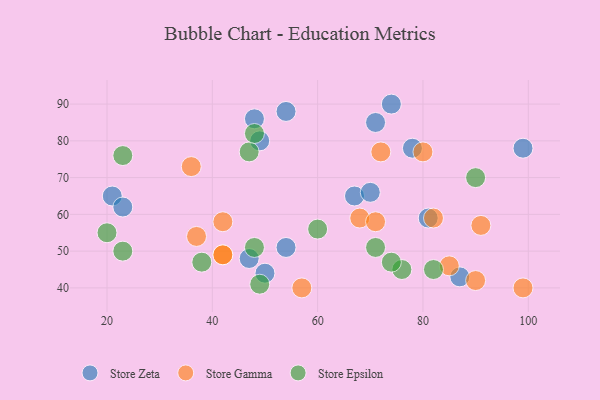
{"axis": {"x": "GDP", "y": "Life Expectancy"}, "legend": ["Store Epsilon", "Store Gamma", "Store Zeta"], "data": [{"x": "47", "y": 48, "type": "Store Zeta"}, {"x": "71", "y": 85, "type": "Store Zeta"}, {"x": "21", "y": 65, "type": "Store Zeta"}, {"x": "23", "y": 62, "type": "Store Zeta"}, {"x": "81", "y": 59, "type": "Store Zeta"}, {"x": "99", "y": 78, "type": "Store Zeta"}, {"x": "54", "y": 51, "type": "Store Zeta"}, {"x": "50", "y": 44, "type": "Store Zeta"}, {"x": "74", "y": 90, "type": "Store Zeta"}, {"x": "48", "y": 86, "type": "Store Zeta"}, {"x": "67", "y": 65, "type": "Store Zeta"}, {"x": "87", "y": 43, "type": "Store Zeta"}, {"x": "78", "y": 78, "type": "Store Zeta"}, {"x": "70", "y": 66, "type": "Store Zeta"}, {"x": "54", "y": 88, "type": "Store Zeta"}, {"x": "49", "y": 80, "type": "Store Zeta"}, {"x": "80", "y": 77, "type": "Store Gamma"}, {"x": "99", "y": 40, "type": "Store Gamma"}, {"x": "36", "y": 73, "type": "Store Gamma"}, {"x": "91", "y": 57, "type": "Store Gamma"}, {"x": "72", "y": 77, "type": "Store Gamma"}, {"x": "37", "y": 54, "type": "Store Gamma"}, {"x": "68", "y": 59, "type": "Store Gamma"}, {"x": "71", "y": 58, "type": "Store Gamma"}, {"x": "42", "y": 49, "type": "Store Gamma"}, {"x": "82", "y": 59, "type": "Store Gamma"}, {"x": "57", "y": 40, "type": "Store Gamma"}, {"x": "90", "y": 42, "type": "Store Gamma"}, {"x": "85", "y": 46, "type": "Store Gamma"}, {"x": "42", "y": 49, "type": "Store Gamma"}, {"x": "42", "y": 58, "type": "Store Gamma"}, {"x": "76", "y": 45, "type": "Store Epsilon"}, {"x": "60", "y": 56, "type": "Store Epsilon"}, {"x": "47", "y": 77, "type": "Store Epsilon"}, {"x": "49", "y": 41, "type": "Store Epsilon"}, {"x": "74", "y": 47, "type": "Store Epsilon"}, {"x": "20", "y": 55, "type": "Store Epsilon"}, {"x": "23", "y": 50, "type": "Store Epsilon"}, {"x": "90", "y": 70, "type": "Store Epsilon"}, {"x": "82", "y": 45, "type": "Store Epsilon"}, {"x": "48", "y": 51, "type": "Store Epsilon"}, {"x": "48", "y": 82, "type": "Store Epsilon"}, {"x": "38", "y": 47, "type": "Store Epsilon"}, {"x": "23", "y": 76, "type": "Store Epsilon"}, {"x": "71", "y": 51, "type": "Store Epsilon"}]}